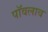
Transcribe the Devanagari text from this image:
पॉवलाव